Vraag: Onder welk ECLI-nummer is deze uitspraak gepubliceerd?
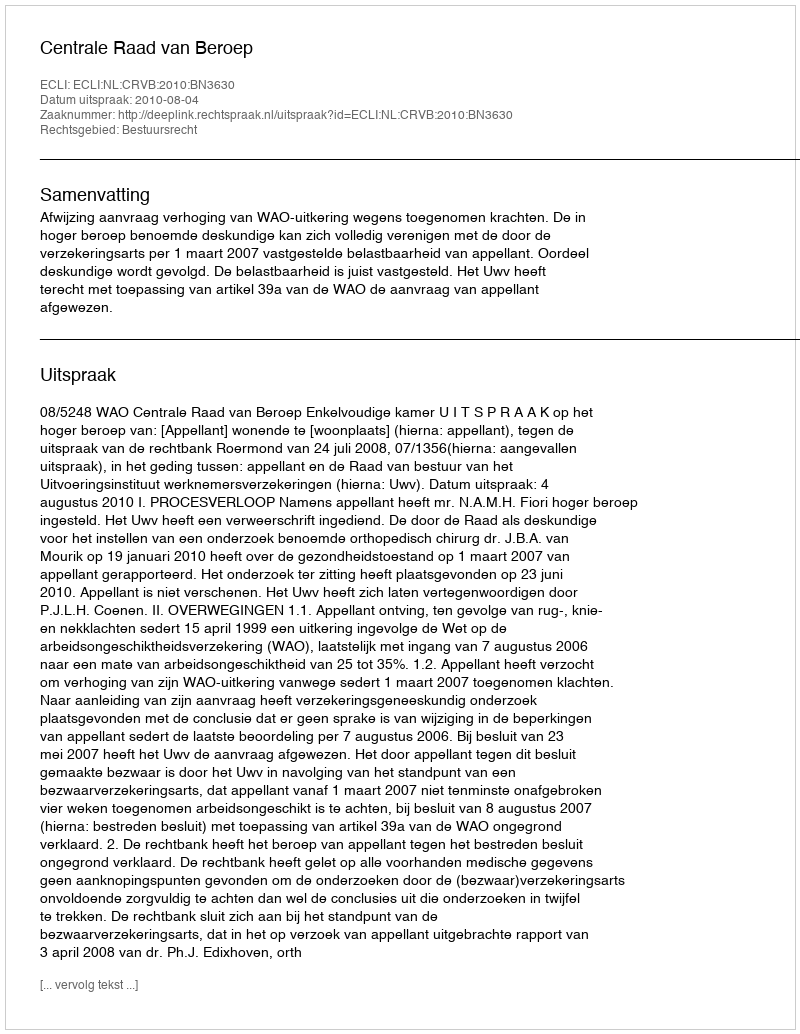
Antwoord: ECLI:NL:CRVB:2010:BN3630